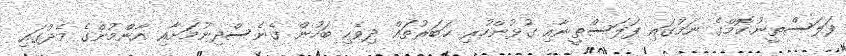
ފަލަސްތީނު.ކޮމްގެ ނަމުގައި ފަލަސްތީނާއި ގުޅުންހުރި ޚަބަރުތައް ދިވެހި ބަހުން ގެނެސްދިނުމަށާއި އާންމުންގެ މެދުގައި